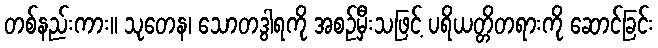
တစ်နည်းကား။ သုတေန၊ သောတဒွါရကို အစဉ်မှီးသဖြင့် ပရိယတ္တိတရားကို ဆောင်ခြင်း